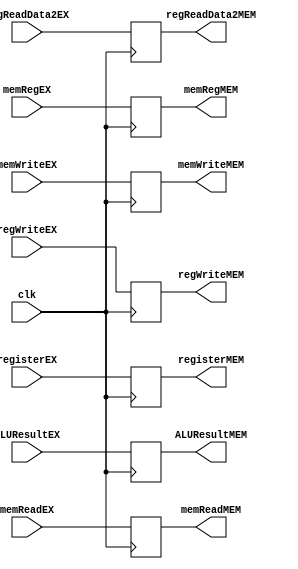
`ifndef MODULE_EXMEM
`define MODULE_EXMEM
`timescale 1ns / 1ps
//////////////////////////////////////////////////////////////////////////////////
// Company: 
// Engineer: 
// 
// Design Name: 
// Module Name: EXMEM
// Project Name: 
// Target Devices: 
// Tool Versions: 
// Description: 
// 
// Dependencies: 
// 
// Revision:
// Revision 0.01 - File Created
// Additional Comments:
// 
//////////////////////////////////////////////////////////////////////////////////


module EXMEM (clk, ALUResultEX, regReadData2EX, registerEX, memReadEX, memRegEX, memWriteEX, regWriteEX, ALUResultMEM, regReadData2MEM, registerMEM, memReadMEM, memRegMEM, memWriteMEM, regWriteMEM);
input clk;
input[31:0] ALUResultEX;
input[31:0] regReadData2EX;
input[4:0] registerEX;
input memReadEX;
input memRegEX;
input memWriteEX;
input regWriteEX;

output reg[31:0] ALUResultMEM;
output reg[31:0] regReadData2MEM;
output reg[4:0] registerMEM;
output reg memReadMEM;
output reg memRegMEM;
output reg memWriteMEM;
output reg regWriteMEM;

    initial begin
        ALUResultMEM = 32'b0;
        regReadData2MEM = 32'b0;
        registerMEM = 5'b0;
        memReadMEM = 1'b0;
        memRegMEM = 1'b0;
        memWriteMEM = 1'b0;
        regWriteMEM = 1'b0;
    end

    always @ (posedge clk) begin
        ALUResultMEM <= ALUResultEX;
        regReadData2MEM <= regReadData2EX;
        registerMEM <= registerEX;
        memReadMEM <= memReadEX;
        memRegMEM <= memRegEX;
        memWriteMEM <= memWriteEX;
        regWriteMEM <= regWriteEX;
    end

endmodule // EX_MEM

`endif // MODULE_EX_MEM